Report on vaccination in Madras 1895-1903 - 1895-1903
Year: 1895
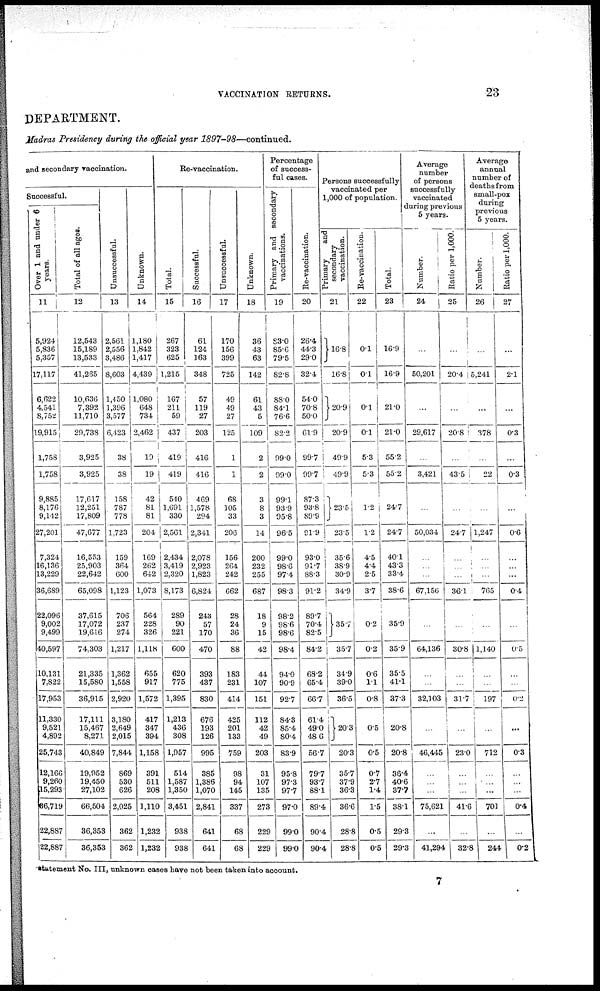
VACCINATION RETURNS.
23
DEPARTMENT.
Madras Presidency during the official year
1897-98—continued.
1
and secondary vaccination.
Successful.
11
5,924
5,836
5,357
17,117
6,622
4,541
8,752
19,915
1,758
1,758
9,885
8,176
9,142
27,201
7,324
16,136
13,229
36,689
22,096
9,002
9,499
40,597
10,131
7,822
17,953
11,330
9,521
4,892
25,743
12,166
9,260
15,293
86,719
22,887
22,887
Total of all ages.
12
12,543
15,189
13,533
41,265
10,636
7,392
11,710
29,738
3,925
3,925
17,617
12,251
17,809
47,677
16,553
25,903
22,642
65,098
37,615
17,072
19,616
74,303
21,335
15,580
36,915
17,111
15,467
8,271
40,849
19,952
19,450
27,102
66,504
36,353
36,353
Unsuccessful.
13
2,561
2,556
3,486
8,603
1,450
1,396
3,577
6,423
38
38
158
787
778
1,723
159
364
600
1,123
706
237
274
1,217
1,362
1,558
2,920
3,180
2,649
2,015
7,844
869
530
626
2,025
362
362
Unknown.
14
1,180
1,842
1,417
4,439
1,080
648
734
2,462
19
19
42
81
81
204
169
262
642
1,073
564
228
326
1,118
655
917
1,572
417
347
394
1,158
391
511
208
1,110
1,232
1,232
Re-vaccination.
Total.
15
267
323
625
1,215
167
211
59
437
419
419
540
1,691
330
2,561
2,434
3,419
2,320
8,173
289
90
221
600
620
775
1,395
1,213
436
308
1,957
514
1,587
1,350
3,451
938
938
Successful.
16
61
124
163
348
57
119
27
203
416
416
469
1,578
294
2,341
2,078
2,923
1,823
6,824
243
57
170
470
393
437
830
676
193
126
995
385
1,386
1,070
2,841
641
641
Unsuccessful.
17
170
156
399
725
49
49
27
125
1
1
68
105
33
206
156
264
242
662
28
24
36
88
183
231
414
425
201
133
759
98
94
145
337
68
68
Unknown.
18
36
43
63
142
61
43
5
109
2
2
3
8
3
14
200
232
255
687
18
9
15
42
44
107
151
112
42
49
203
31
107
135
273
229
229
Percentage
of success-
ful cases.
Primary and secondary
vaccinations.
19
83.0
85.6
79.5
82.8
88.0
84.1
76.6
82.2
99.0
99.0
99.1
93.9
95.8
96.5
99.0
98.6
97.4
98.3
98.2
98.6
98.6
98.4
94.0
90.9
92.7
84.3
85.4
80.4
83.9
95.8
97.3
97.7
97.0
99.0
99.0
Re-vaccination.
20
26.4
44.3
29.0
32.4
54.0
70.8
50.0
61.9
99.7
99.7
87.3
93.8
89.9
91.9
93.0
91.7
88.3
91.2
89.7
70.4
82.5
84.2
68.2
65.4
66.7
61.4
49.0
48.6
56.7
79.7
93.7
88.1
89.4
90.4
90.4
Persons successfully
vaccinated per
1,000 of population.
Primary
and
secondary
vaccination.
21
16.8
16.8
20.9
20.9
49.9
49.9
23.5
23.5
35.6
38.9
30.9
34.9
35.7
35.7
34.9
39.0
36.5
20.3
20.3
35.7
37.9
36.3
36.6
28.8
28.8
Re-vaccination.
22
0.1
0.1
0.1
0.1
5.3
5.3
1.2
1.2
4.5
4.4
2.5
3.7
0.2
0.2
0.6
1.1
0.8
0.5
0.5
0.7
2.7
1.4
1.5
0.5
0.5
Total.
23
16.9
16.9
21.0
21.0
55.2
55.2
24.7
24.7
40.1
43.3
33.4
38.6
35.9
35.9
35.5
41.1
37.3
20.8
20.8
36.4
40.6
37.7
38.1
29.3
29.3
Average
number
of persons
successfully
vaccinated
during previous
5 years.
Number.
24
...
50,201
...
29,617
...
3,421
...
50,034
...
...
...
67,156
...
64,136
...
...
32,103
...
46,445
...
...
...
75,621
...
41,294
Ratio per 1,000.
25
...
20.4
...
20.8
...
43.5
...
24.7
...
...
...
36.1
...
30.8
...
...
31.7
...
23.0
...
...
...
41.6
...
32.8
Average
annual
number of
deaths from
small-pox
during
previous
5 years.
Number.
26
...
5,241
...
378
...
22
...
1,247
...
...
...
765
...
1,140
...
...
197
...
712
...
...
...
701
...
244
Ratio per 1,000.
27
...
2.1
...
0.3
...
0.3
...
0.6
...
...
...
0.4
...
0.5
...
...
0.2
...
0.3
...
...
...
0.4
...
0.2
statement No. III, unknown cases have not been taken into account.
7